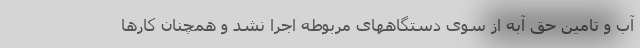
آب و تامین حق آبه از سوی دستگاههای مربوطه اجرا نشد و همچنان کارها